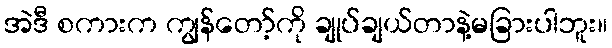
အဲဒီ စကားက ကျွန်တော့်ကို ချုပ်ချယ်တာနဲ့မခြားပါဘူး။